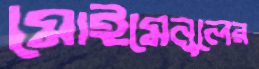
মোইমেনুলের